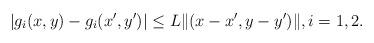
LaTeX: \begin{align*}|g_i(x,y)-g_i(x',y')|\leq L\|(x-x', y-y')\|, i=1,2.\end{align*}